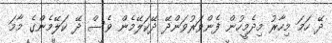
ދޭ ހަމަ މިހާރު މިދެމީހުން ފެންވަރުވަންދޭ ދޭކަލޭމެން ވެސް ދޭ ކަލޭމެންގެ މާމަ